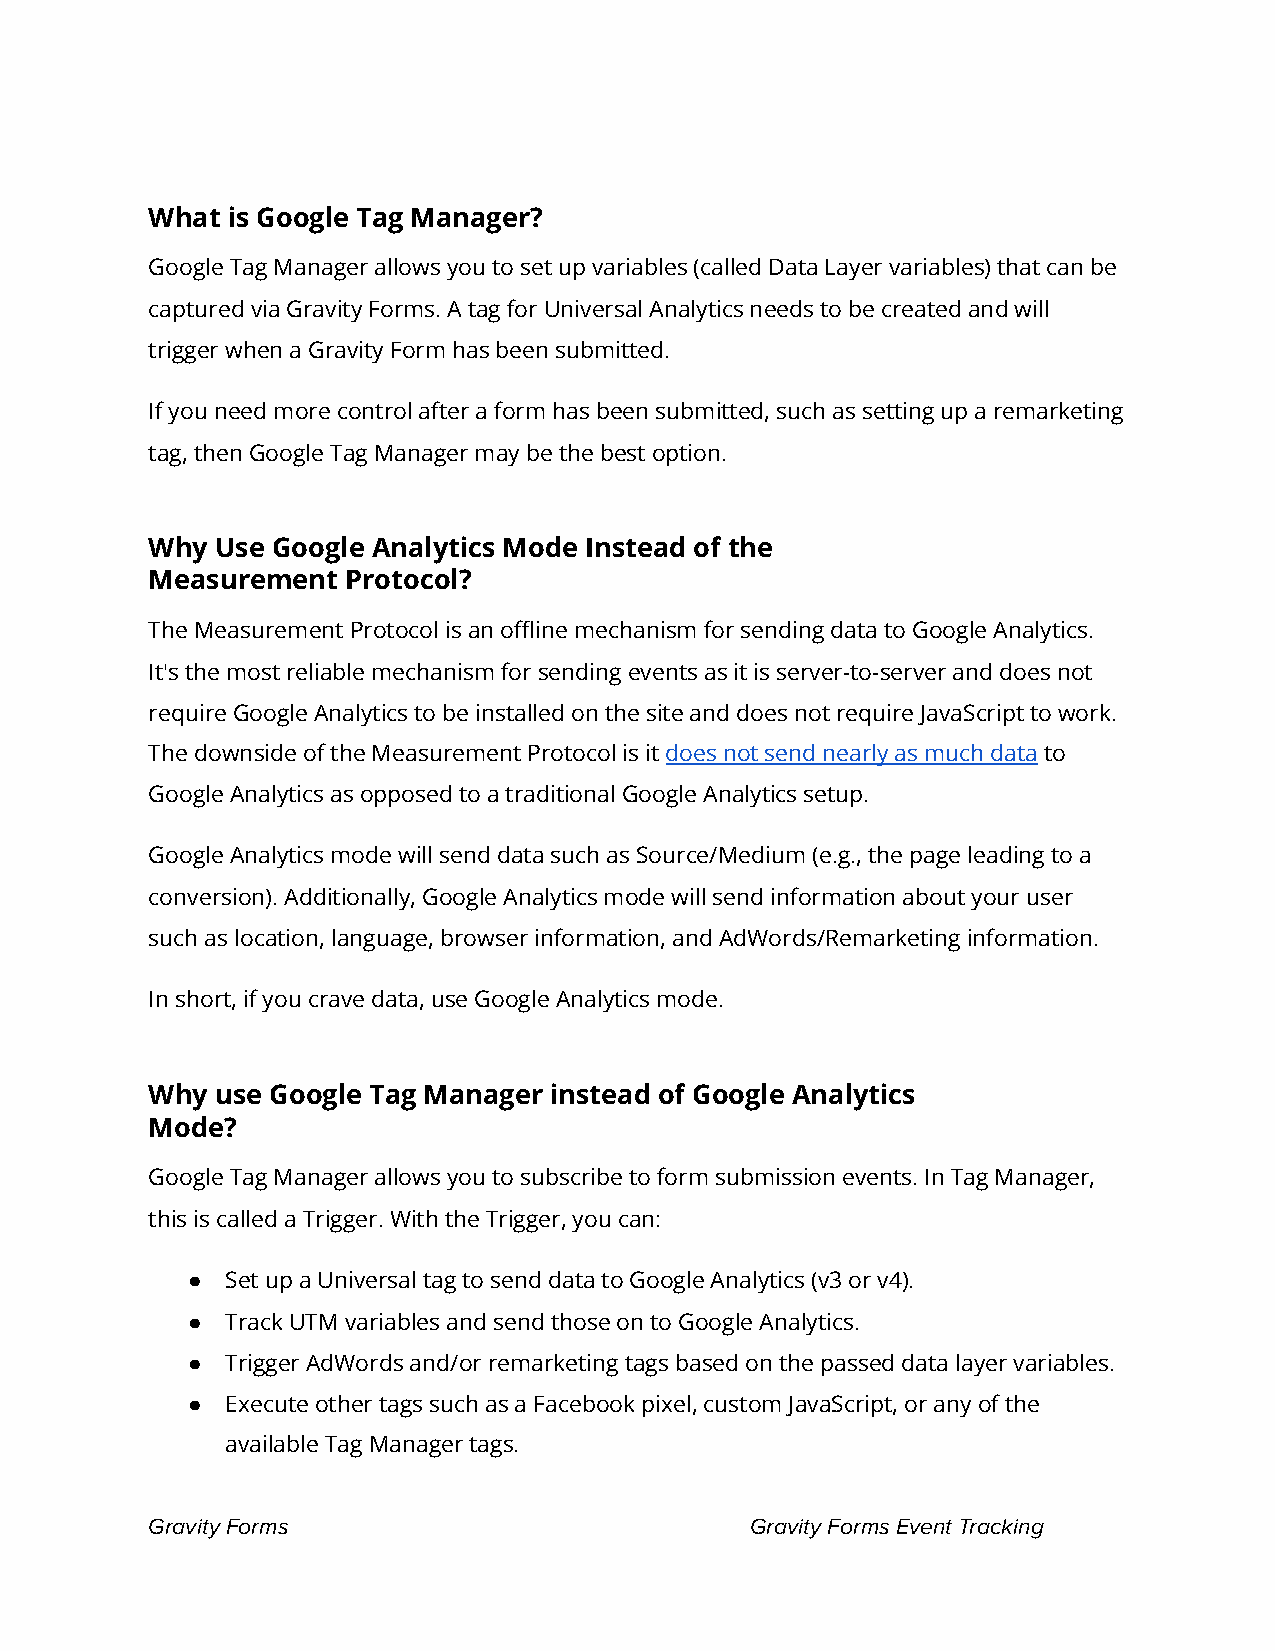
What is Google Tag Manager?
 Google Tag Manager allows you to set up variables (called Data Layer variables) that can be
 captured via Gravity Forms. A tag for Universal Analytics needs to be created and will
 trigger when a Gravity Form has been submitted.
 If you need more control after a form has been submitted, such as setting up a remarketing
 tag, then Google Tag Manager may be the best option.
 Why Use Google Analytics Mode Instead of the
 Measurement  Protocol?
 The Measurement Protocol is an offline mechanism for sending data to Google Analytics.
 It's the most reliable mechanism for sending events as it is server-to-server and does not
 require Google Analytics to be installed on the site and does not require JavaScript to work.
 The downside of the Measurement Protocol is it d oes not send nearly as much data to
 Google Analytics as opposed to a traditional Google Analytics setup.
 Google Analytics mode will send data such as Source/Medium (e.g., the page leading to a
 conversion). Additionally, Google Analytics mode will send information about your user
 such as location, language, browser information, and AdWords/Remarketing information.
 In short, if you crave data, use Google Analytics mode.
 Why use Google Tag Manager instead of Google Analytics
 Mode?
 Google Tag Manager allows you to subscribe to form submission events. In Tag Manager,
 this is called a Trigger. With the Trigger, you can:
 ●  Set up a Universal tag to send data to Google Analytics (v3 or v4).
 ●  Track UTM variables and send those on to Google Analytics.
 ●  Trigger AdWords and/or remarketing tags based on the passed data layer variables.
 ●  Execute other tags such as a Facebook pixel, custom JavaScript, or any of the
 available Tag Manager tags.
 Gravity Forms                           Gravity Forms Event Tracking